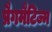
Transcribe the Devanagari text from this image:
प्रैगमैटिज्म